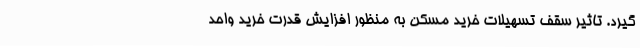
گیرد. تاثیر سقف تسهیلات خرید مسکن به منظور افزایش قدرت خرید واحد